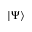
| \Psi \rangle